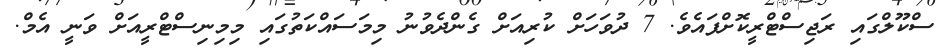
ސްކޫލްގައި ރަޖިސްޓްރީކޮށްފައެވެ. 7 ދުވަހަށް ކުރިއަށް ގެންދެވުނު މިމަސައްކަތުގައި މިމިނިސްޓްރީއަށް ވަނީ އެމް.